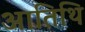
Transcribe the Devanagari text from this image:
आतिथि